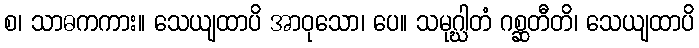
စ၊ သာဓကကား။ သေယျထာပိ အာဝုသော၊ ပေ။ သမုဂ္ဃါတံ ဂစ္ဆတီတိ၊ သေယျထာပိ